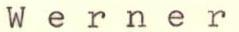
Werner